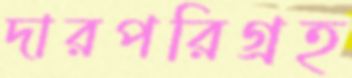
দারপরিগ্রহ